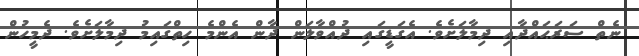
ނެތް ސަރަޙައްދާއި ދިމާލަށެވެ. އެގަޑީގައި ދުއްވާލަން ދާން އެންމެ ހިތްގައިމު ދިމާލަށެވެ. ދެމީހުން